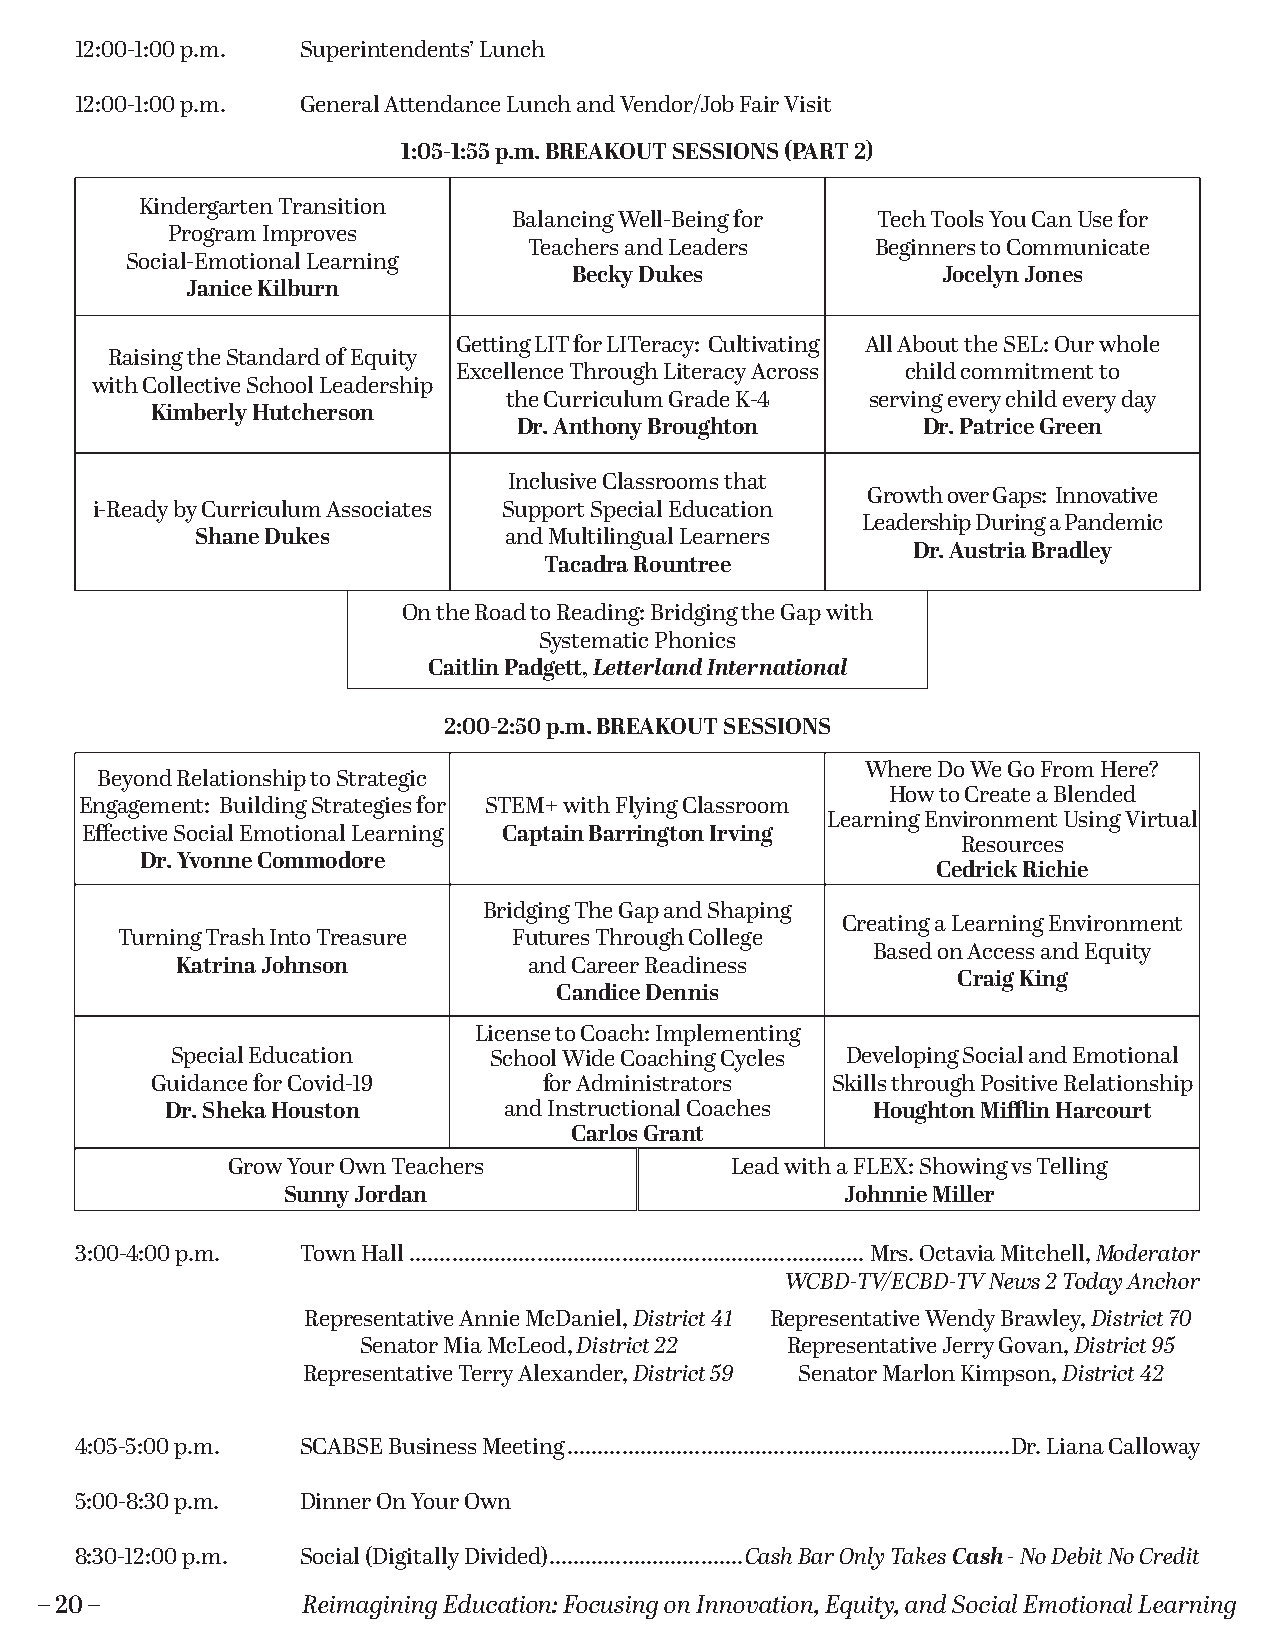
12:00-1:00 p.m. Superintendents’ Lunch
 12:00-1:00 p.m. General Attendance Lunch and Vendor/Job Fair Visit
 1:05-1:55 p.m. BREAKOUT SESSIONS (PART 2)
 Kindergarten Transition
 Balancing Well-Being for Tech Tools You Can Use for
 Program Improves
 Teachers and Leaders   Beginners to Communicate
 Social-Emotional Learning
 Becky Dukes             Jocelyn Jones
 Janice Kilburn
 Getting LIT for LITeracy: Cultivating All About the SEL: Our whole
 Raising the Standard of Equity
 Excellence Through Literacy Across child commitment to
 with Collective School Leadership
 the Curriculum Grade K-4 serving every child every day
 Kimberly Hutcherson
 Dr. Anthony Broughton      Dr. Patrice Green
 Inclusive Classrooms that
 Growth over Gaps: Innovative
 i-Ready by Curriculum Associates Support Special Education
 Leadership During a Pandemic
 Shane Dukes         and Multilingual Learners
 Dr. Austria Bradley
 Tacadra Rountree
 On the Road to Reading: Bridging the Gap with
 Systematic Phonics
 Caitlin Padgett, Letterland International
 2:00-2:50 p.m. BREAKOUT SESSIONS
 Where Do We Go From Here?
 Beyond Relationship to Strategic
 How to Create a Blended
 Engagement: Building Strategies for STEM+ with Flying Classroom
 Learning Environment Using Virtual
 Effective Social Emotional Learning Captain Barrington Irving
 Resources
 Dr. Yvonne Commodore
 Cedrick Richie
 Bridging The Gap and Shaping
 Creating a Learning Environment
 Turning Trash Into Treasure Futures Through College
 Based on Access and Equity
 Katrina Johnson        and Career Readiness
 Craig King
 Candice Dennis
 License to Coach: Implementing
 Special Education    School Wide Coaching Cycles Developing Social and Emotional
 Guidance for Covid-19     for Administrators Skills through Positive Relationship
 Dr. Sheka Houston     and Instructional Coaches Houghton Mifflin Harcourt
 Carlos Grant
 Grow Your Own Teachers           Lead with a FLEX: Showing vs Telling
 Sunny Jordan                         Johnnie Miller
 3:00-4:00 p.m. Town Hall ...........................................................................Mrs. Octavia Mitchell, Moderator
 WCBD-TV/ECBD-TV News 2 Today Anchor
 Representative Annie McDaniel, District 41 Representative Wendy Brawley, District 70
 Senator Mia McLeod, District 22 Representative Jerry Govan, District 95
 Representative Terry Alexander, District 59 Senator Marlon Kimpson, District 42
 4:05-5:00 p.m. SCABSE Business Meeting .........................................................................Dr. Liana Calloway
 5:00-8:30 p.m. Dinner On Your Own
 8:30-12:00 p.m. Social (Digitally Divided) ................................Cash Bar Only Takes Cash - No Debit No Credit
 – 20 –            Reimagining Education: Focusing on Innovation, Equity, and Social Emotional Learning